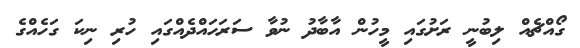
ގޯއްޗެއް ލިބުނީ ރަށުގައި މީހުން އާބާދު ނުވާ ސަރަހައްދެއްގައި ހުރި ނިކަ ގަހެއްގެ